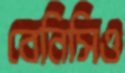
বেনিসিও